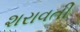
શરાવતી